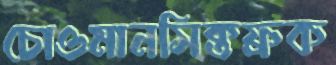
চোওমানসিক্তফ্রক